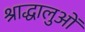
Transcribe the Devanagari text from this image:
श्राद्धालुओं